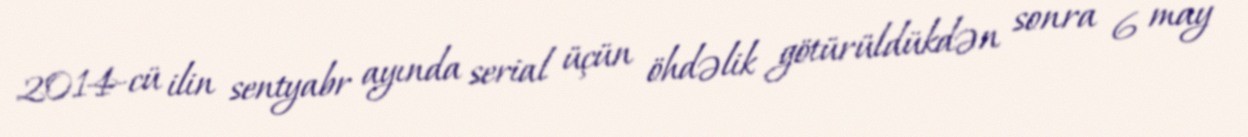
2014-cü ilin sentyabr ayında serial üçün öhdəlik götürüldükdən sonra 6 may